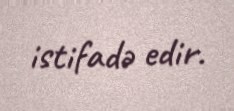
istifadə edir.